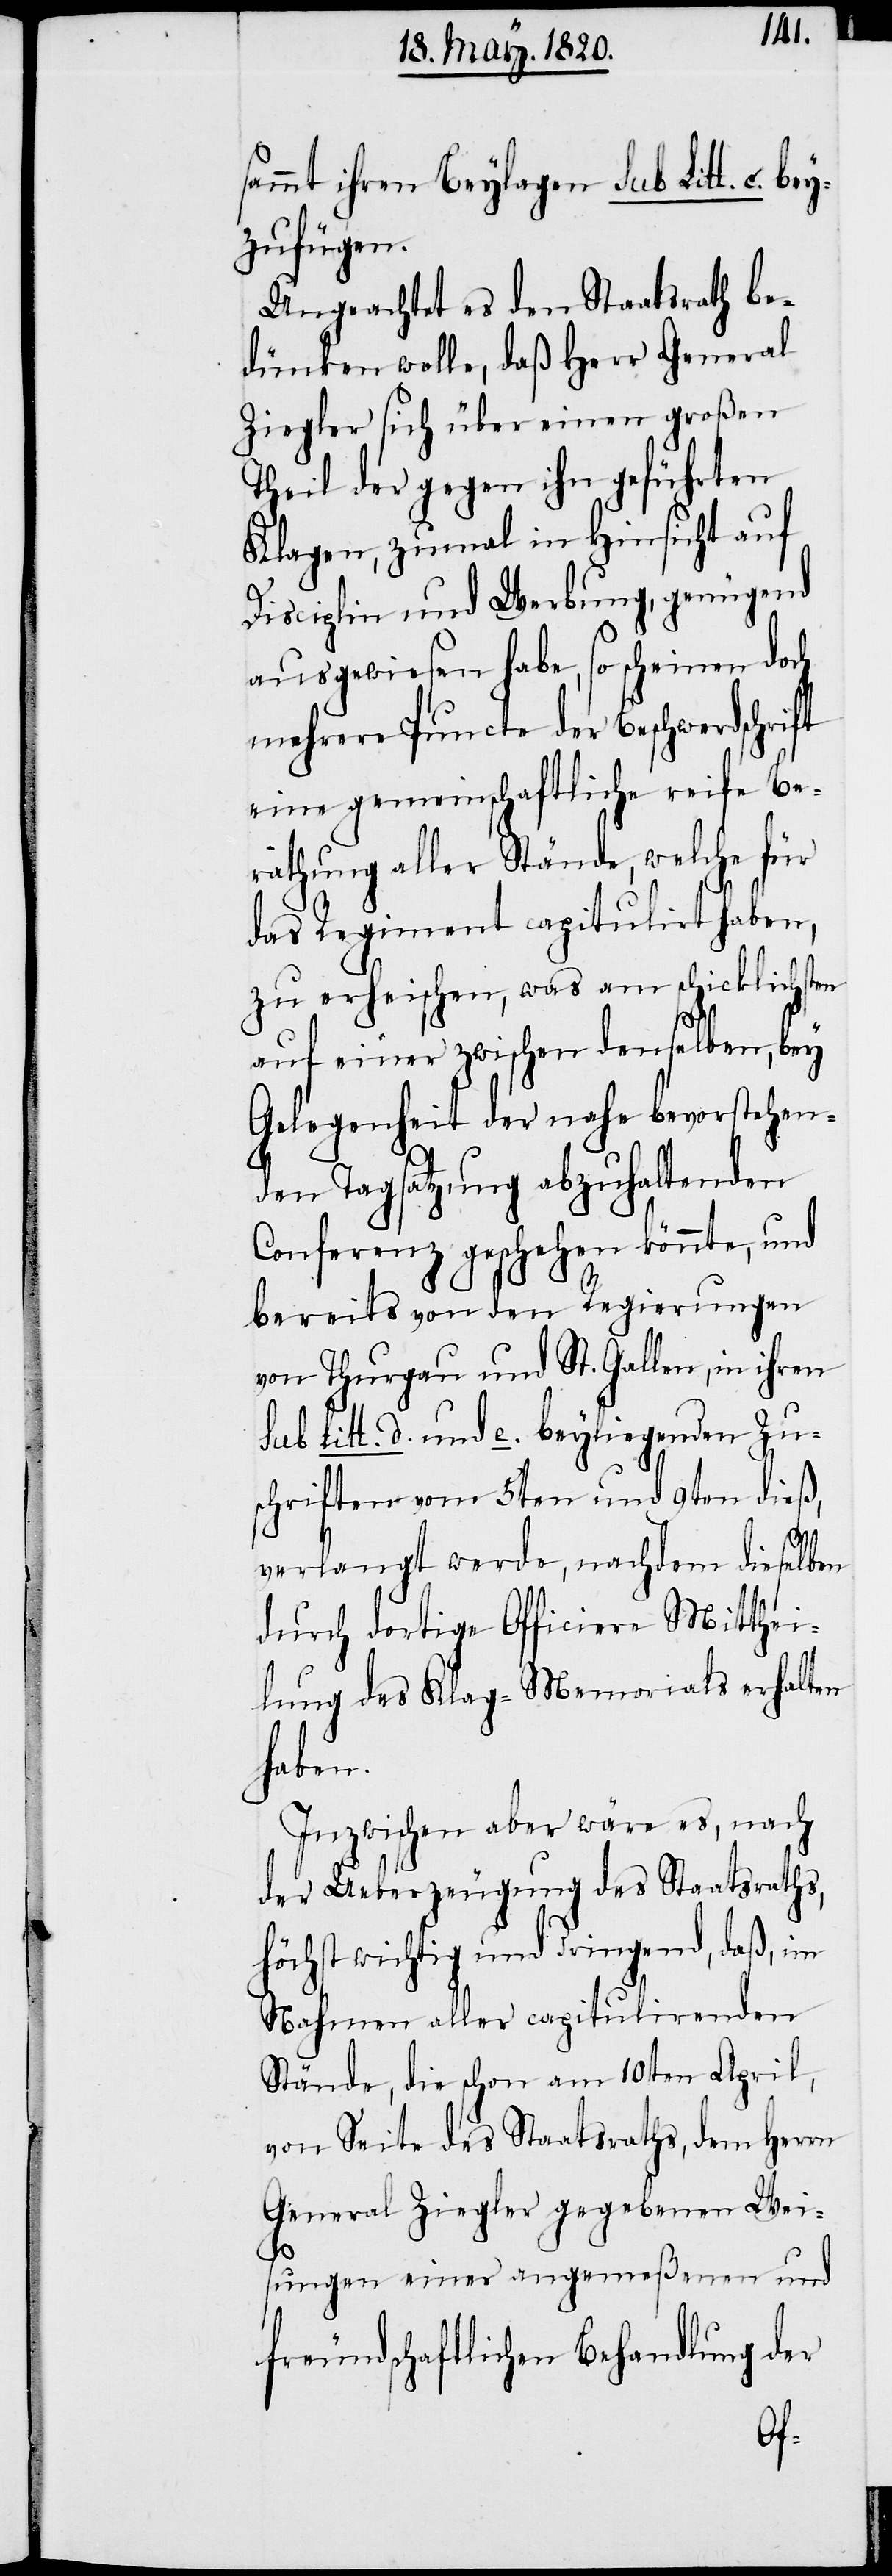
sammt ihren Beylagen sub Litt. c. be¬
yzufügen.
Ungeachtet es den Staatsrath be¬
dünken wolle, daß Herr General
Ziegler sich über einen großen
Theil der gegen ihn geführten
Klagen, zumal in Hinsicht auf
Disciplin und Werbung, genügend
ausgewiesen habe, so scheinen doch
mehrere Puncte der Beschwerdschrift
eine gemeinschaftliche reife Be¬
rathung aller Stände, welche für
das Regiment capitulirt haben,
zu erheischen, was am schicklichsten
auf einer zwischen denselben, bey
Gelegenheit der nahe bevorstehen¬
den Tagsatzung abzuhaltenden
Conferenz geschehen könnte, und
bereits von den Regierungen
von Thurgau und St. Gallen, in ihren
sub Litt. d. und e. beyliegenden Zu¬
schriften vom 5ten und 9ten dieß,
verlangt werde, nachdem dieselben
durch dortige Officiere Mitthei¬
lung des Klag-Memorials erhalten
haben.
Inzwischen aber wäre es, nach
der Ueberzeugung des Staatsraths,
höchst wichtig und dringend, daß, im
Nahmen aller capitulirenden
Stände, die schon am 10ten April,
von Seite des Staatsraths, dem Herrn
General Ziegler gegebenen Wei¬
sungen einer angemeßenen und
freundschaftlichen Behandlung der